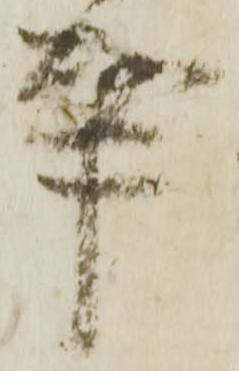
事